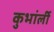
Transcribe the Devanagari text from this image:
कुभांर्ली